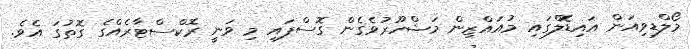
މޯލްޑިވިއަން އައިޑޮލްގައި މުއައްޒިން މަޝްހޫރުވެގެން ގޮސްފައި މި ވަނީ ރޮކްސްޓާރެއްގެ ގޮތުގަ އެވެ.